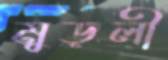
মুড়লী